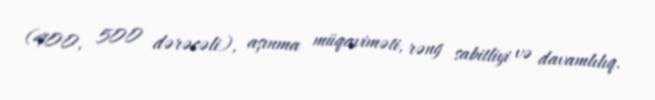
(400, 500 dərəcəli), aşınma müqaviməti, rəng sabitliyi və davamlılıq.